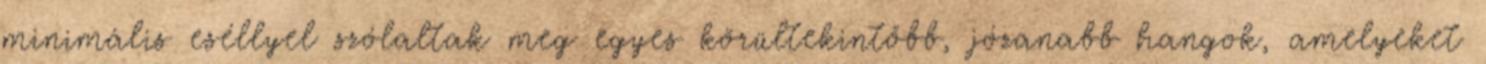
minimális eséllyel szólaltak meg egyes körültekintőbb, józanabb hangok, amelyeket